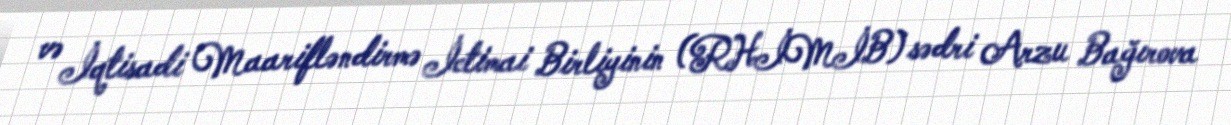
və İqtisadi Maarifləndirmə İctimai Birliyinin (RHİMİB) sədri Arzu Bağırova